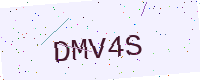
Text: DMV4S